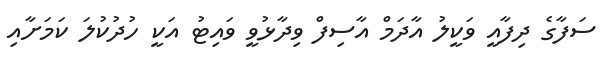
ސަފާގެ ދިފާއީ ވަކީލު އާދަމް އާސިފް ވިދާޅުވީ ވައިޓު އަކީ ހުދުކުލަ ކަމަށާއި